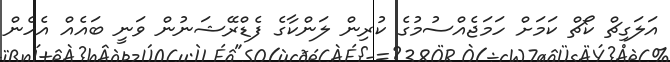
އަލަގިޗް ކޯޗް ކަމަށް ހަމަޖެއްސުމުގެ ކުރިން ލަންކާގެ ފެޑްރޭޝަނުން ވަނީ ބައެއް އެހެން